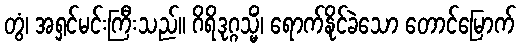
တွံ၊ အရှင်မင်းကြီးသည်။ ဂိရိဒုဂ္ဂသ္မိံ၊ ရောက်နိုင်ခဲသော တောင်မြောက်